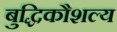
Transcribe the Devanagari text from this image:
बुद्धिकौशल्य